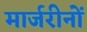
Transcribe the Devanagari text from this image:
मार्जरीनों